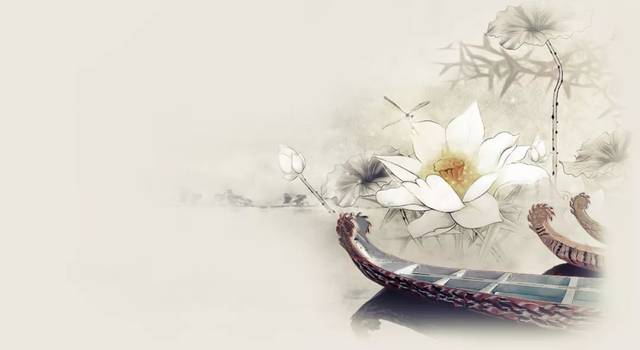
但见泪痕湿，不知心恨谁。